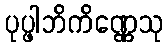
ပုပ္ဖါဘိကိဏ္ဏေသု